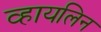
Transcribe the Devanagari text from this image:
व्हायलिन